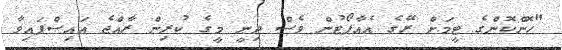
"ހޮންކޮންގެ ޓީމަށް ރޭގެ އެއާޕޯޓުން ވެސް ދިނީ މީގެ ކުރިން ރާއްޖެ އައިސްފައިވާ